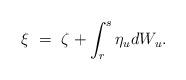
LaTeX: \begin{align*}\xi \ = \ \zeta + \int_r^s \eta_u dW_u.\end{align*}